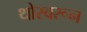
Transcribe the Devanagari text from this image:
थोरवरून